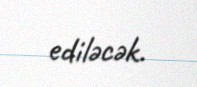
ediləcək.